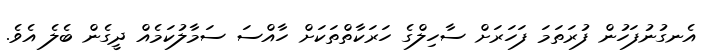
އެނގުނުފަހުން ފުރަތަމަ ފަހަރަށް ސާހިލްގެ ހަރަކާތްތަކަށް ހާއްސަ ސަމާލުކަމެއް ދީގެން ބެލެ އެވެ.